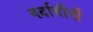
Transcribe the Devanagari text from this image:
वर्दायीनी